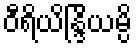
ဝီရိယိန္ဒြိယမ္ပိ